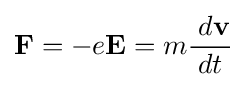
\mathbf {F} =-e\mathbf {E} =m{\frac {\;d\mathbf {v} }{dt}}